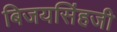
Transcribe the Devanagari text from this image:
बिजयसिंहजी